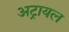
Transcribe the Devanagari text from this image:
अट्रायल